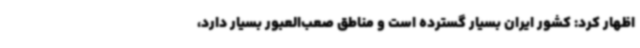
اظهار کرد: کشور ایران بسیار گسترده است و مناطق صعب‌العبور بسیار دارد،